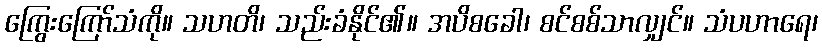
ကြွေးကြော်သံကို။ သဟတိ၊ သည်းခံနိုင်၏။ အပိစခေါ၊ စင်စစ်သာလျှင်။ သံပဟာရေ၊